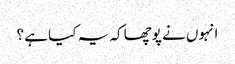
انہوں نے پوچھا کہ یہ کیا ہے ؟